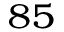
^ { 8 5 }